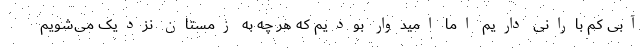
آبی کم بارانی داریم اما امیدوار بودیم که هر چه به زمستان نزدیک می‌شویم